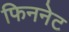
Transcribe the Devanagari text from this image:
फिननेट